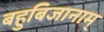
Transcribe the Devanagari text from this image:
बहुबिजानाम्